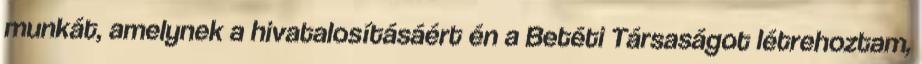
munkát, amelynek a hivatalosításáért én a Betéti Társaságot létrehoztam,